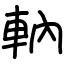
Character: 軜